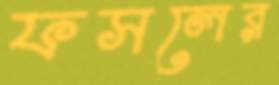
ফসলের